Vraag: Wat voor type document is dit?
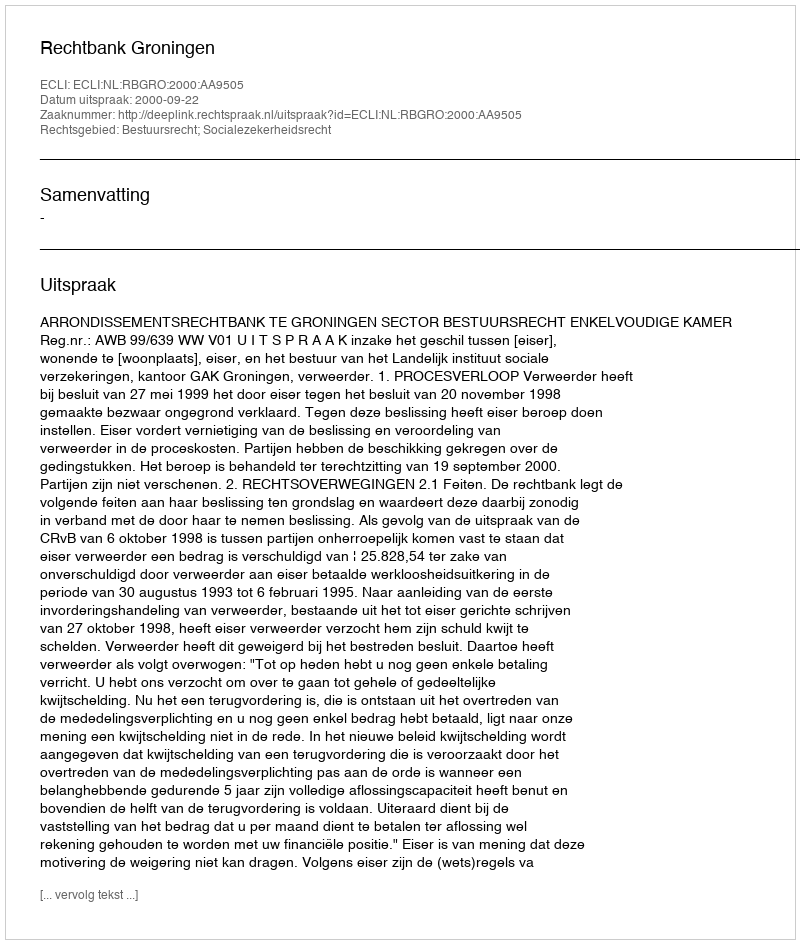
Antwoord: Uitspraak